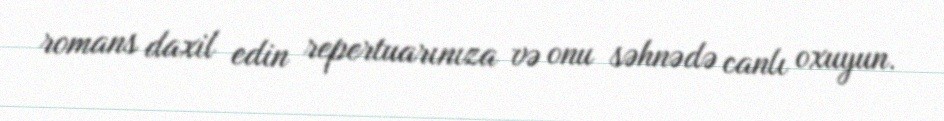
romans daxil edin repertuarınıza və onu səhnədə canlı oxuyun.